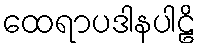
ထေရာပဒါနပါဠိ